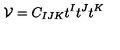
{ \cal V } = C _ { I J K } t ^ { I } t ^ { J } t ^ { K } \